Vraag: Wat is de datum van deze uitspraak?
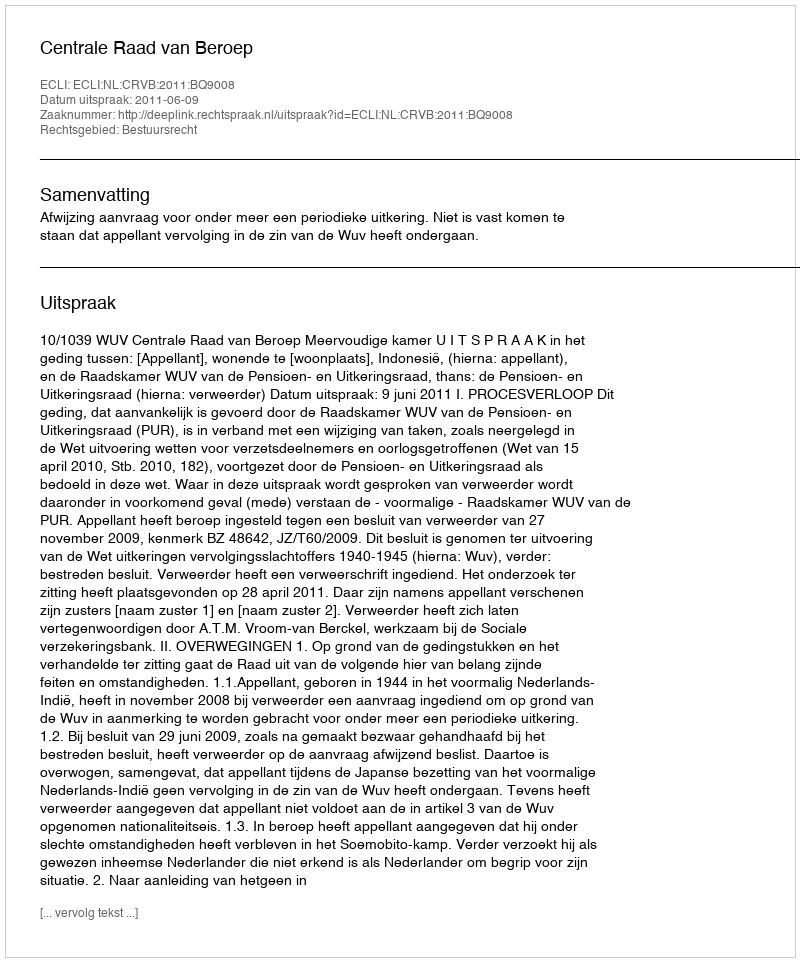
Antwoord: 2011-06-09